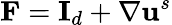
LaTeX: \mathbf{F}=\mathbf{I}_{d}+\mathbf{\nabla}\mathbf{u}^{s}